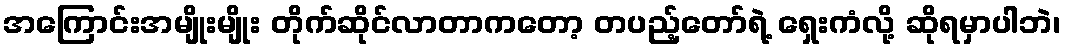
အကြောင်းအမျိုးမျိုး တိုက်ဆိုင်လာတာကတော့ တပည့်တော်ရဲ့ ရှေးကံလို့ ဆိုရမှာပါဘဲ၊